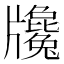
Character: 㸥